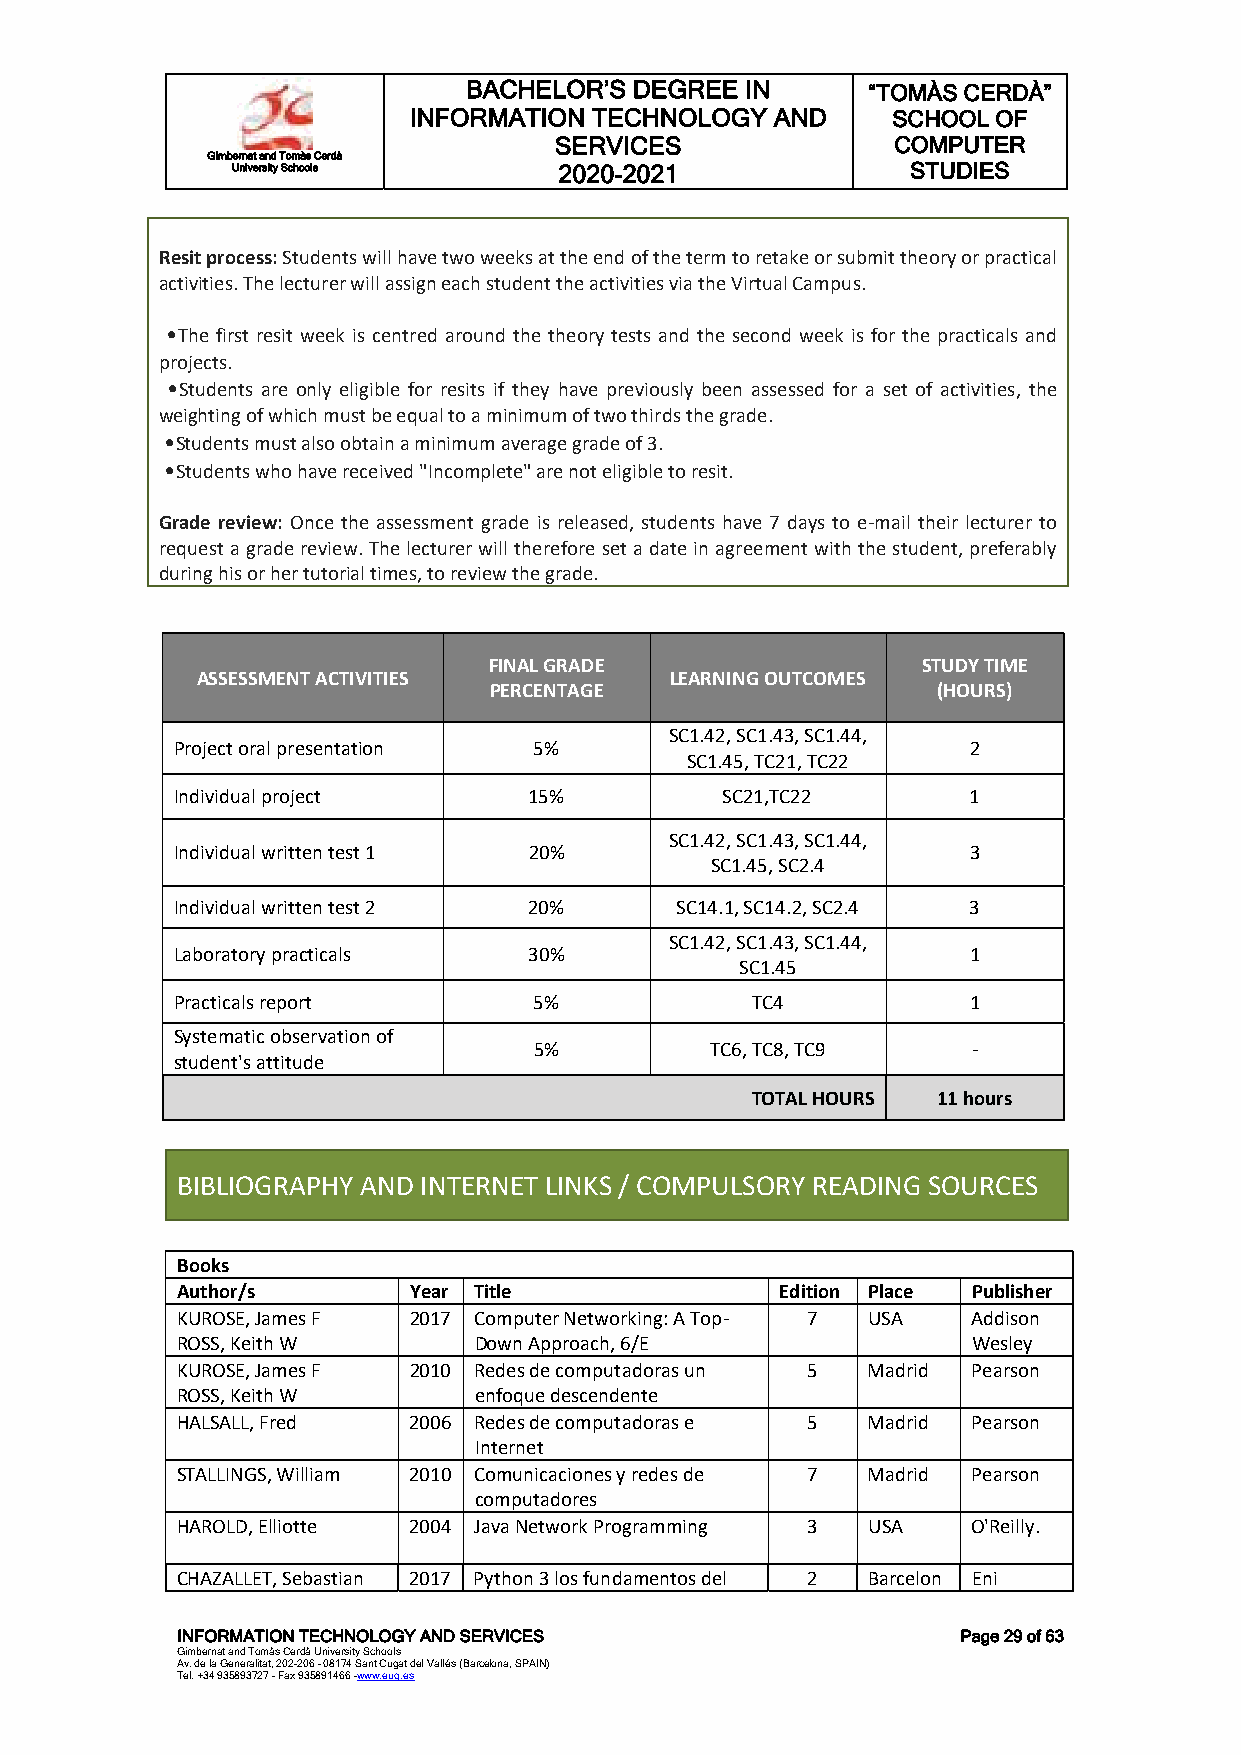
BACHELOR’S DEGREE IN      “TOMÀS CERDÀ”
 INFORMATION TECHNOLOGY  AND     SCHOOL OF
 SERVICES              COMPUTER
 Gimbernat and Tomàs Cerdà
 University Schools    2020-2021              STUDIES
 Resit process: Students will have two weeks at the end of the term to retake or submit theory or practical
 activities. The lecturer will assign each student the activities via the Virtual Campus.
 •The first resit week is centred around the theory tests and the second week is for the practicals and
 projects.
 •Students are only eligible for resits if they have previously been assessed for a set of activities, the
 weighting of which must be equal to a minimum of two thirds the grade.
 •Students must also obtain a minimum average grade of 3.
 •Students who have received "Incomplete" are not eligible to resit.
 Grade review: Once the assessment grade is released, students have 7 days to e-mail their lecturer to
 request a grade review. The lecturer will therefore set a date in agreement with the student, preferably
 during his or her tutorial times, to review the grade.
 FINAL GRADE                  STUDY TIME
 ASSESSMENT ACTIVITIES          LEARNING OUTCOMES
 PERCENTAGE                    (HOURS)
 SC1.42, SC1.43, SC1.44,
 Project oral presentation 5%                        2
 SC1.45, TC21, TC22
 Individual project     15%          SC21,TC22       1
 SC1.42, SC1.43, SC1.44,
 Individual written test 1 20%                       3
 SC1.45, SC2.4
 Individual written test 2 20%    SC14.1, SC14.2, SC2.4 3
 SC1.42, SC1.43, SC1.44,
 Laboratory practicals  30%                          1
 SC1.45
 Practicals report      5%             TC4           1
 Systematic observation of
 5%          TC6, TC8, TC9    -
 student's attitude
 TOTAL HOURS 11 hours
 BIBLIOGRAPHY AND INTERNET LINKS / COMPULSORY READING SOURCES
 Books
 Author/s       Year Title               Edition Place Publisher
 KUROSE, James F 2 017 Computer Networking: A Top- 7 USA Addison
 ROSS, Keith W      Down Approach, 6/E               Wesley
 KUROSE, James F 2 010 Redes de computadoras un 5 Madrid Pearson
 ROSS, Keith W      enfoque descendente
 HALSALL, Fred  2006 Redes de computadoras e 5 Madrid Pearson
 Internet
 STALLINGS, William 2010 Comunicaciones y redes de 7 Madrid Pearson
 computadores
 HAROLD, Elliotte 2004 Java Network Programming 3 USA O'Reilly.
 CHAZALLET, Sebastian 2017 Python 3 los fundamentos del 2 Barcelon Eni
 INFORMATION TECHNOLOGY AND SERVICES                 Page 29 of 63
 Gimbernat and Tomàs Cerdà University Schools
 Av. de la Generalitat, 202-206 - 08174 Sant Cugat del Vallés (Barcelona, SPAIN)
 Tel. +34 935893727 - Fax 935891466 -www.eug.es